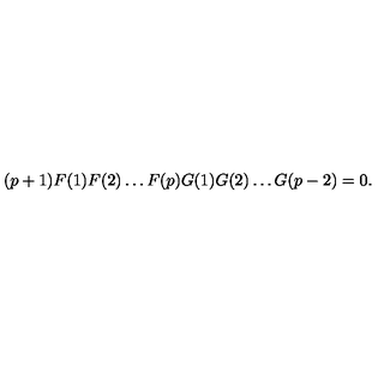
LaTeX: ( p + 1 ) F ( 1 ) F ( 2 ) \ldots F ( p ) G ( 1 ) G ( 2 ) \ldots G ( p - 2 ) = 0 .